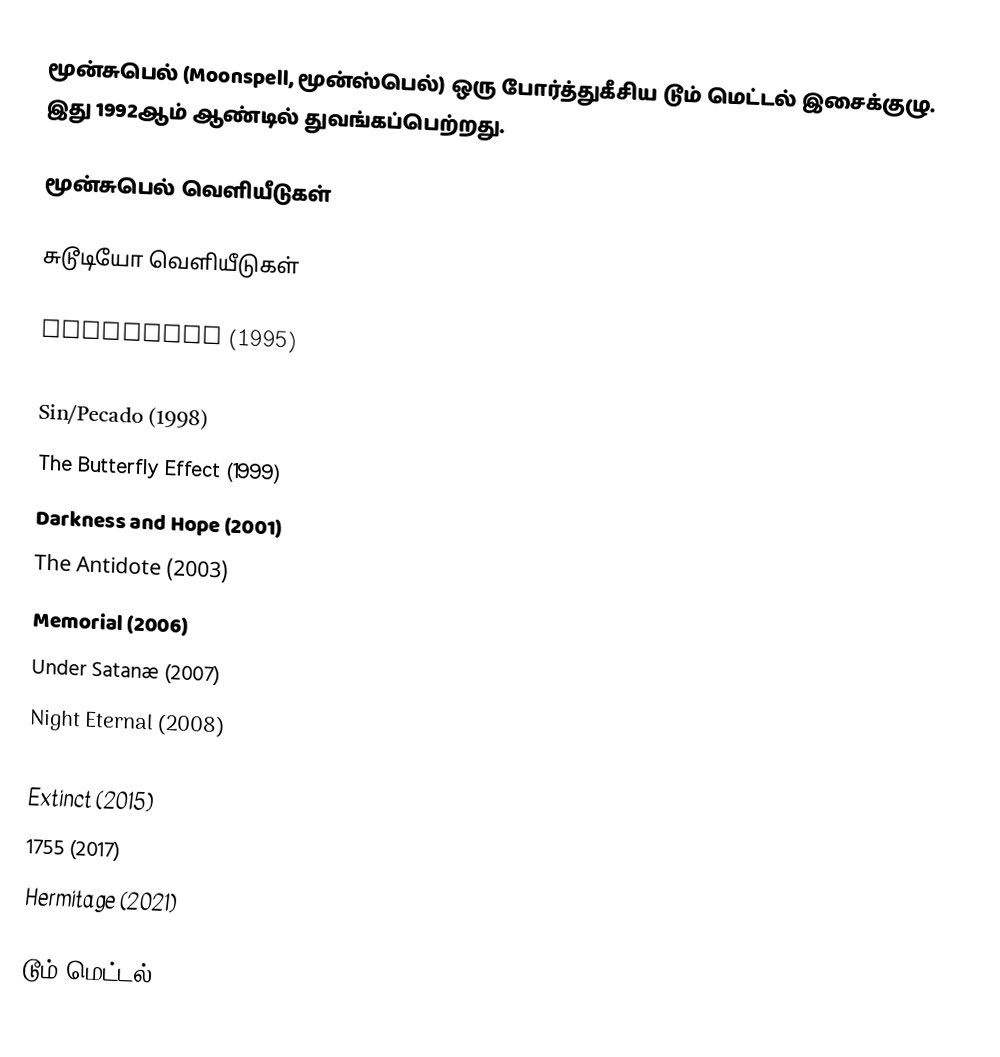
மூன்சுபெல் (Moonspell, மூன்ஸ்பெல்) ஒரு போர்த்துகீசிய டூம் மெட்டல் இசைக்குழு. இது 1992ஆம் ஆண்டில் துவங்கப்பெற்றது.

மூன்சுபெல் வெளியீடுகள்

சுடூடியோ வெளியீடுகள்

Wolfheart (1995)
Irreligious (1996)
Sin/Pecado (1998)
The Butterfly Effect (1999)
Darkness and Hope (2001)
The Antidote (2003)
Memorial (2006)
Under Satanæ (2007)
Night Eternal (2008)
Alpha Noir (2012)
Extinct (2015)
1755 (2017)
Hermitage (2021)

டூம் மெட்டல்